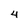
Character: 4